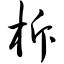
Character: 柝